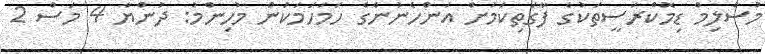
މުސްލިމް ޑިމޮކްރަސީތަކުގެ ފާގަތިކަމަށް އަންހެނުންގެ ހަމަހަމަކަން މުހިންމު: ދުންޔާ 4 މަސް 2